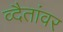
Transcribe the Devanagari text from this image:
व्दैतांवर